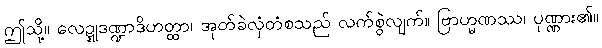
ဤသို့။ လေဍ္ဍုဒဏ္ဍာဒိဟတ္ထာ၊ အုတ်ခဲလှံတံစသည် လက်စွဲလျက်။ ဗြာဟ္မဏဿ၊ ပုဏ္ဏား၏။